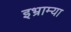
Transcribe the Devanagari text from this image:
इभ्राम्या